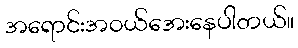
အရောင်းအဝယ်အေးနေပါတယ်။